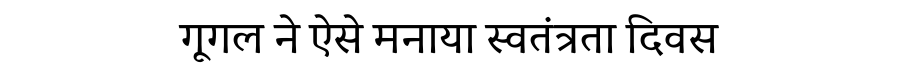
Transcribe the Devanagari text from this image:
गूगल ने ऐसे मनाया स्वतंत्रता दिवस